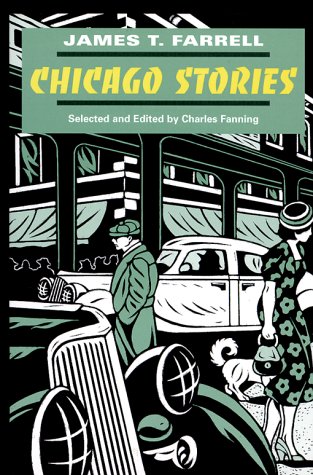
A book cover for Chicago Stories (Prairie State Books); James T. Farrell; Literature & Fiction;